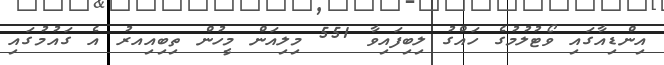
އިންޑިއާގައި ވޯޓުލުމުގެ ހައްގު ލިބިފައިވާ 551 މިލިއަން މީހުން ތިބިއިއރު އެ ގައުމުގައި